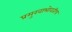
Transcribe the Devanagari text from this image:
प्रमुखाभोवतीच